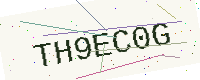
Text: TH9EC0G